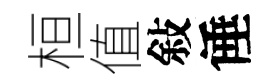
桓值敍倕